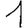
Digit: 1